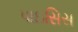
પાઇસિસ